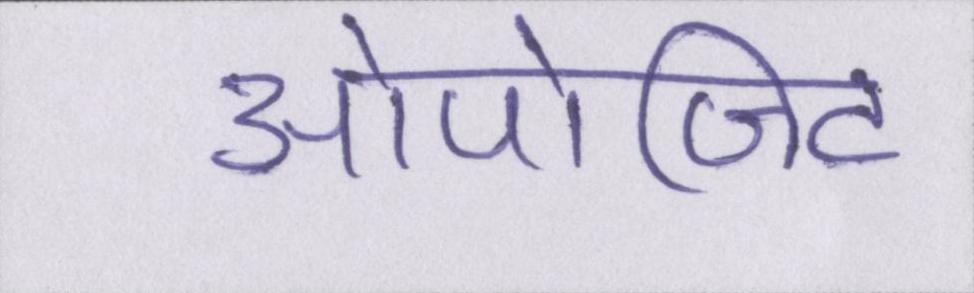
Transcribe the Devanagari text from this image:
ओपोजिट